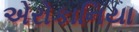
એરોકાનિયા